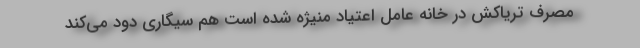
مصرف تریاکش در خانه عامل اعتیاد منیژه شده است هم سیگاری دود می‌کند